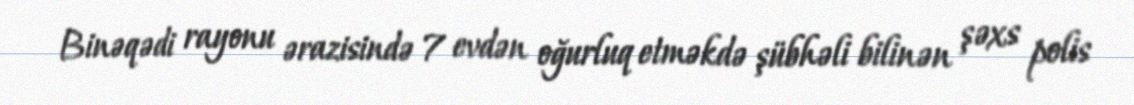
Binəqədi rayonu ərazisində 7 evdən oğurluq etməkdə şübhəli bilinən şəxs polis